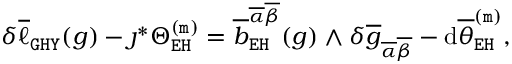
\begin{array} { r } { \delta \overline { { \ell } } _ { \mathtt { G H Y } } ( g ) - \jmath ^ { * } \Theta _ { \mathtt { E H } } ^ { \mathtt { ( m ) } } = \overline { { b } } _ { \mathtt { E H } } ^ { \overline { { \alpha } } \overline { { \beta } } } ( g ) \wedge \delta \overline { { g } } _ { \overline { { \alpha } } \overline { { \beta } } } - \mathrm { d } \overline { { \theta } } _ { \mathtt { E H } } ^ { \mathtt { ( m ) } } , } \end{array}